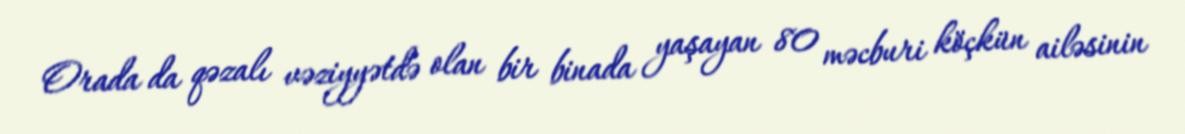
Orada da qəzalı vəziyyətdə olan bir binada yaşayan 80 məcburi köçkün ailəsinin